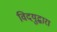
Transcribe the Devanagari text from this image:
विदयुद्धारा